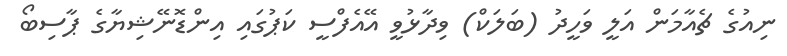
ނިއުގެ ޗެއާމަން އަލީ ވަހީދު (ބަލަކް) ވިދާޅުވީ އޭއެފްސީ ކަޕުގައި އިންޑޮނޭޝިޔާގެ ޕާސިބޯ